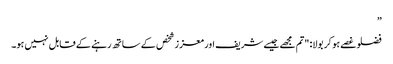
”
فضلو غصے ہو کر بولا: "تم مجھے جیسے شریف اور معزز شخص کے ساتھ رہنے کے قابل نہیں ہو۔